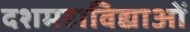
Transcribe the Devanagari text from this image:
दशमहाविद्याओं